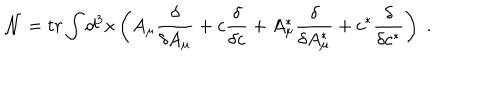
LaTeX: \mathcal { N } = t r \int d ^ { 3 } x \left( A _ { \mu } \frac \delta { \delta A _ { \mu } } + c \frac \delta { \delta c } + A _ { \mu } ^ { * } \frac \delta { \delta A _ { \mu } ^ { * } } + c ^ { * } \frac \delta { \delta c ^ { * } } \right) \; .